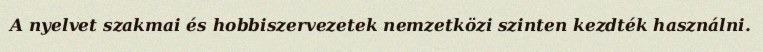
A nyelvet szakmai és hobbiszervezetek nemzetközi szinten kezdték használni.